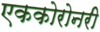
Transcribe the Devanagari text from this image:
एककोरोनरी